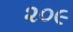
૨૦૯